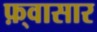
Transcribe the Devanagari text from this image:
फ़्वासार